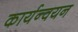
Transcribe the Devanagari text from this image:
कार्यन्वयन